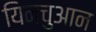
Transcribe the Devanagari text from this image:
यिनचुआन